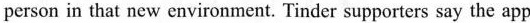
person in that new environment. Tinder supporters say the app